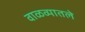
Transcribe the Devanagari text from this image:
वाळव्यातले